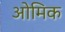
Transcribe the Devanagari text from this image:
ओमिक